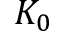
K _ { 0 }